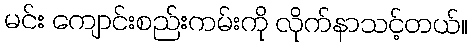
မင်း ကျောင်းစည်းကမ်းကို လိုက်နာသင့်တယ်။